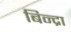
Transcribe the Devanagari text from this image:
बिन्द्रा